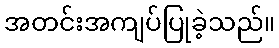
အတင်းအကျပ်ပြုခဲ့သည်။